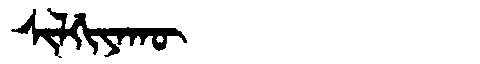
Manchu: ᠰᡳᠯᡤᡳᠶᠠᡴᡡ
Romanization: SILGIYAKŪ